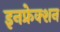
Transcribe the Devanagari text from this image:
इनफ्रेक्शन